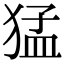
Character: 猛